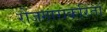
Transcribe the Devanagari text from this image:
रोजगाराकरिता